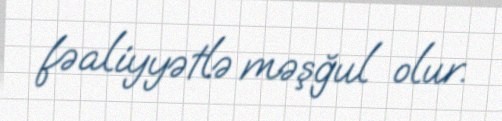
fəaliyyətlə məşğul olur.